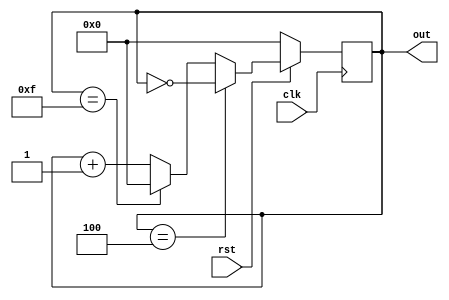
`timescale 1ns / 1ps

module decade_2421_counter(clk, rst, out);

output[3:0] out;
input clk, rst;
reg[3:0] out;

always @(posedge clk)

    begin
     if (!rst) begin
        out<=0;
     end
     else begin
        if (out == 4) begin
            out <= ~out;
        end
        else if (out == 15) begin
            out <= 0;
        end
        else begin
        out <= out + 1;
        end
     end
    end

endmodule